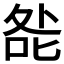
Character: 𭈃